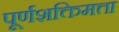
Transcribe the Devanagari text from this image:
पूर्णशक्तिमत्ता